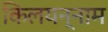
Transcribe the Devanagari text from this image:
किलयन्नाम